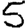
Digit: 5